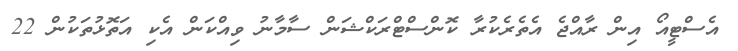
އެސްޓީއޯ އިން ރާއްޖެ އެތެރެކުރާ ކޮންސްޓްރަކްޝަން ސާމާނު ވިއްކަން އެކި އަތޮޅުތަކުން 22